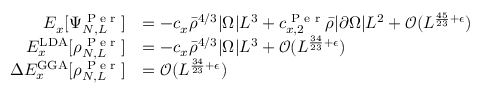
\begin{array} { r l } { E _ { x } [ \Psi _ { N , L } ^ { \textnormal { P e r } } ] } & { = - c _ { x } \bar { \rho } ^ { 4 / 3 } | \Omega | L ^ { 3 } + c _ { x , 2 } ^ { \textnormal { P e r } } \bar { \rho } | \partial \Omega | L ^ { 2 } + \mathcal { O } ( L ^ { \frac { 4 5 } { 2 3 } + \epsilon } ) } \\ { E _ { x } ^ { \mathrm { L D A } } [ \rho _ { N , L } ^ { \textnormal { P e r } } ] } & { = - c _ { x } \bar { \rho } ^ { 4 / 3 } | \Omega | L ^ { 3 } + \mathcal { O } ( L ^ { \frac { 3 4 } { 2 3 } + \epsilon } ) } \\ { \Delta E _ { x } ^ { \mathrm { G G A } } [ \rho _ { N , L } ^ { \textnormal { P e r } } ] } & { = \mathcal { O } ( L ^ { \frac { 3 4 } { 2 3 } + \epsilon } ) } \end{array}